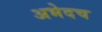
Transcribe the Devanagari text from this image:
अभेदच